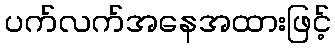
ပက်လက်အနေအထားဖြင့်